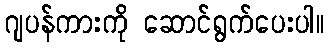
ဂျပန်ကားကို ဆောင်ရွက်ပေးပါ။